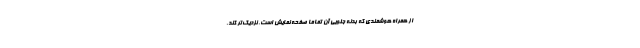
از همراه هوشمندی که بدنه جلویی آن تماما صفحه نمایش است، نزدیک‌تر کند.